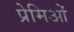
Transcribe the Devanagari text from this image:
प्रेमिओं